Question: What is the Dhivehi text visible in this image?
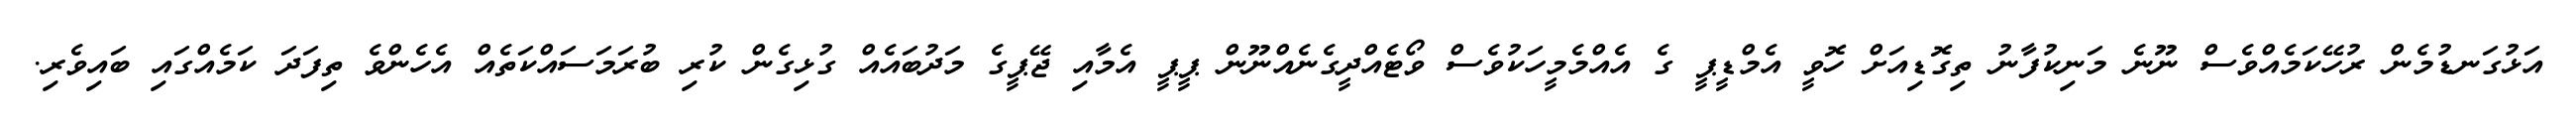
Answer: އަޅުގަނޑުމެން ރުހޭކަމެއްވެސް ނޫނެ މަނިކުފާނު ތިގޮޑިއަށް ހޮވީ އެމްޑީޕީ ގެ އެއްމެމީހަކުވެސް ވޯޓެއްދީގެނެއްނޫން ޕީޕީ އެމާއި ޖޭޕީގެ މަދުބައެއް ގުޅިގެން ކުރި ބުރަމަސައްކަތެއް އެހެންވެ ތިފަދަ ކަމެއްގައި ބައިވެރި.